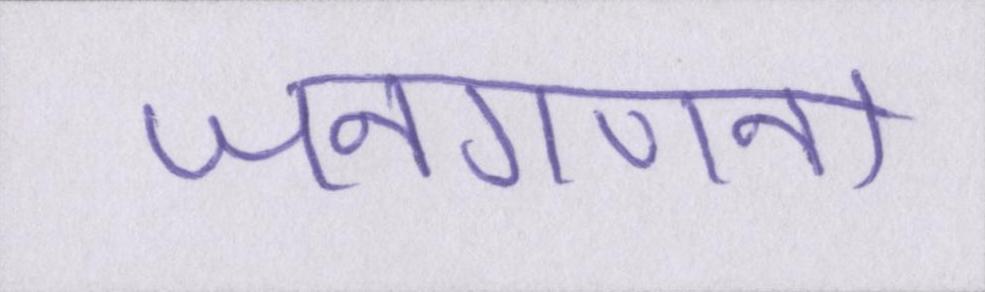
जनगणना